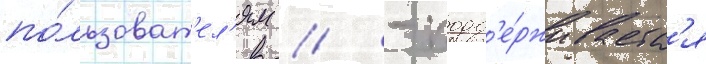
по́льзоват'ел'ям // - подд'е́рживаетс'я